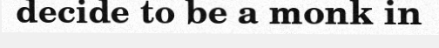
decide to be a monk in